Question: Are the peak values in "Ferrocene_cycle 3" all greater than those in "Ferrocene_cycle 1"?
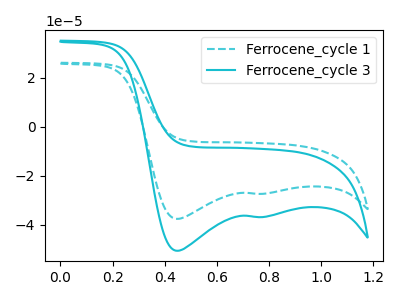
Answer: <think>The cyan dashed curve "Ferrocene_cycle 1" has cathodic peaks at (0.45V, -37.65uA) (0.80V, -27.40uA). The cyan curve "Ferrocene_cycle 3" has cathodic peaks at (0.45V, -50.65uA) (0.80V, -36.85uA).</think>
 <answer>Every peak in "Ferrocene_cycle 3" is higher than every peak in "Ferrocene_cycle 1".</answer>
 <eval>higher</eval>